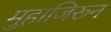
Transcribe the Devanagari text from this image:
मुहाजिरून